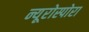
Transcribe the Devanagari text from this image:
न्यूरोस्पोरा